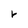
Character: r